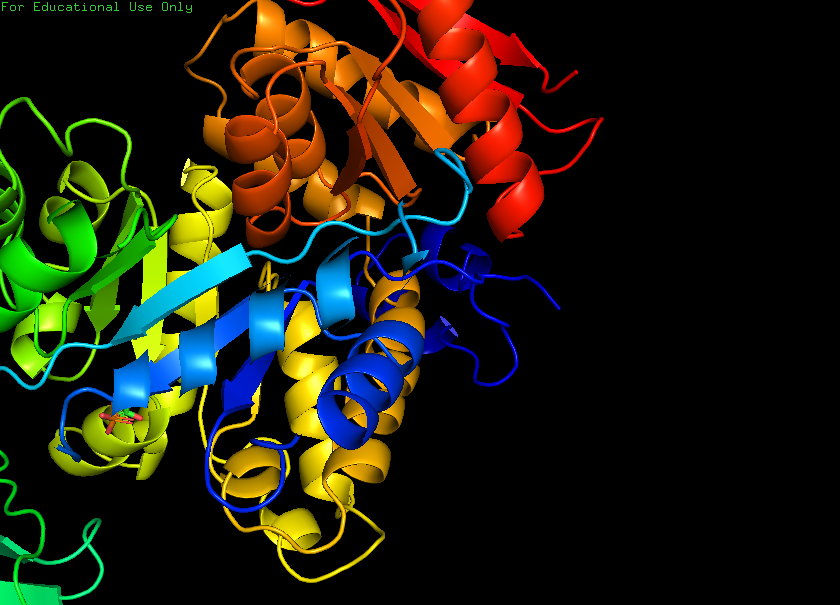
pymol, preset, pretty